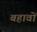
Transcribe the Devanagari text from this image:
बहावों